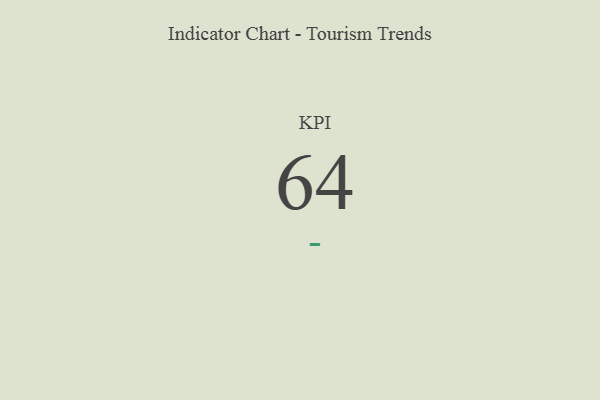
{"axis": {"x": "KPI", "y": "Value"}, "legend": [""], "data": [{"x": "KPI", "y": 64, "type": ""}]}